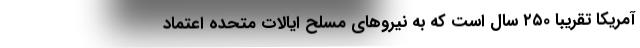
آمریکا تقریبا ۲۵۰ سال است که به نیروهای مسلح ایالات متحده اعتماد